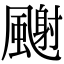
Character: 𩘧